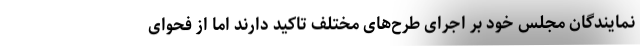
نمایندگان مجلس خود بر اجرای طرح‌های مختلف تاکید دارند اما از فحوای